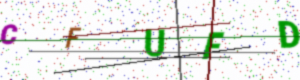
Text: CFUFD